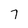
Character: 7